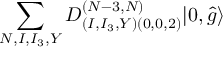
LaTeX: \sum _ { N , I , I _ { 3 } , Y } D _ { ( I , I _ { 3 } , Y ) ( 0 , 0 , 2 ) } ^ { ( N - 3 , N ) } | 0 , \hat { g } \rangle